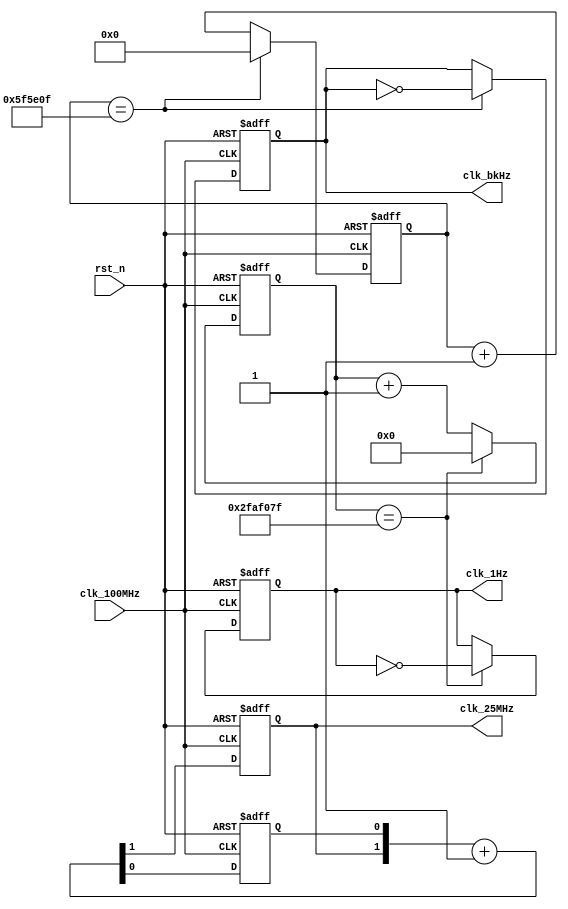
`timescale 1ns / 1ps
//////////////////////////////////////////////////////////////////////////////////
// Company: 
// Engineer: 
// 
// Design Name: 
// Module Name: clk_generator
// Project Name: 
// Target Devices: 
// Tool Versions: 
// Description: 
// 
// Dependencies: 
// 
// Revision:
// Revision 0.01 - File Created
// Additional Comments:
// 
//////////////////////////////////////////////////////////////////////////////////


module clk_generator(
    input clk_100MHz,
    input rst_n,
    output reg clk_25MHz,
    output reg clk_1Hz,
    output reg clk_bkHz
    );
    
    reg clk_25MHz_count;
    always @(posedge clk_100MHz or negedge rst_n)
        if(~rst_n) 
            {clk_25MHz, clk_25MHz_count} <= 2'd0;
        else 
            {clk_25MHz, clk_25MHz_count} <= {clk_25MHz, clk_25MHz_count} + 2'd1;
    
    reg [25:0] clk_1Hz_count;
    reg [25:0] clk_1Hz_count_next;
    reg clk_1Hz_next;
    always @*
        if (clk_1Hz_count == 26'd49_999_999) 
            begin
            clk_1Hz_count_next = 26'd0;
            clk_1Hz_next = ~clk_1Hz;
            end
        else 
            begin
            clk_1Hz_count_next = clk_1Hz_count + 1'b1;
            clk_1Hz_next = clk_1Hz;
            end
    
    always @(posedge clk_100MHz or negedge rst_n)
        if (~rst_n) 
            begin
            clk_1Hz_count <= 26'd0;
            clk_1Hz <= 1'b0;
            end
        else 
            begin
            clk_1Hz_count <= clk_1Hz_count_next;
            clk_1Hz <= clk_1Hz_next;
            end

    reg [22:0] clk_bkHz_count;
    reg [22:0] clk_bkHz_count_next;
    reg clk_bkHz_next;
    always @*
        if (clk_bkHz_count == 23'd6249999) 
            begin
            clk_bkHz_count_next = 23'd0;
            clk_bkHz_next = ~clk_bkHz;
            end
        else 
            begin
            clk_bkHz_count_next = clk_bkHz_count + 1'b1;
            clk_bkHz_next = clk_bkHz;
            end
    
    always @(posedge clk_100MHz or negedge rst_n)
        if (~rst_n) 
            begin
            clk_bkHz_count <= 23'd0;
            clk_bkHz <= 1'b0;
            end
        else 
            begin
            clk_bkHz_count <= clk_bkHz_count_next;
            clk_bkHz <= clk_bkHz_next;
            end
endmodule